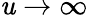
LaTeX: \mathit{u}\rightarrow\infty